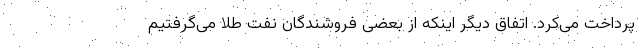
پرداخت می‌کرد. اتفاق دیگر اینکه از بعضی فروشندگان نفت طلا می‌گرفتیم